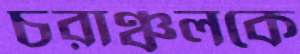
চরাঞ্চলকে